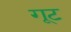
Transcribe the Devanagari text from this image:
गूट